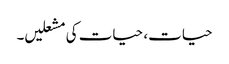
حیات، حیات کی مشعلیں۔